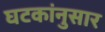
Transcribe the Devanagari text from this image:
घटकांनुसार